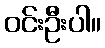
ဝင်းဦးပါ။